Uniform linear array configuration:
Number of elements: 64
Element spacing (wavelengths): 0.25
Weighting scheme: uniform
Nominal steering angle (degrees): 60
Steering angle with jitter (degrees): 61.217
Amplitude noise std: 0.05
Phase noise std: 0.05

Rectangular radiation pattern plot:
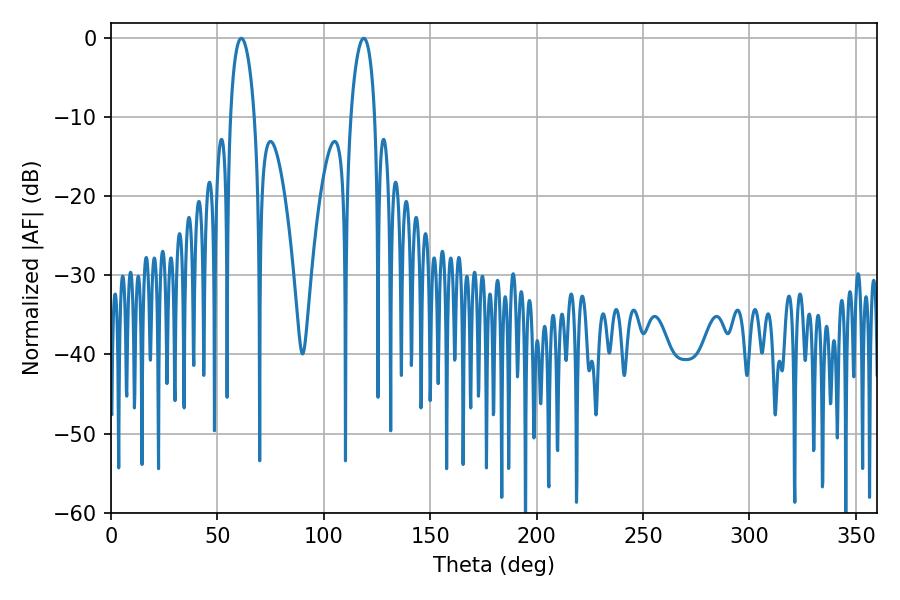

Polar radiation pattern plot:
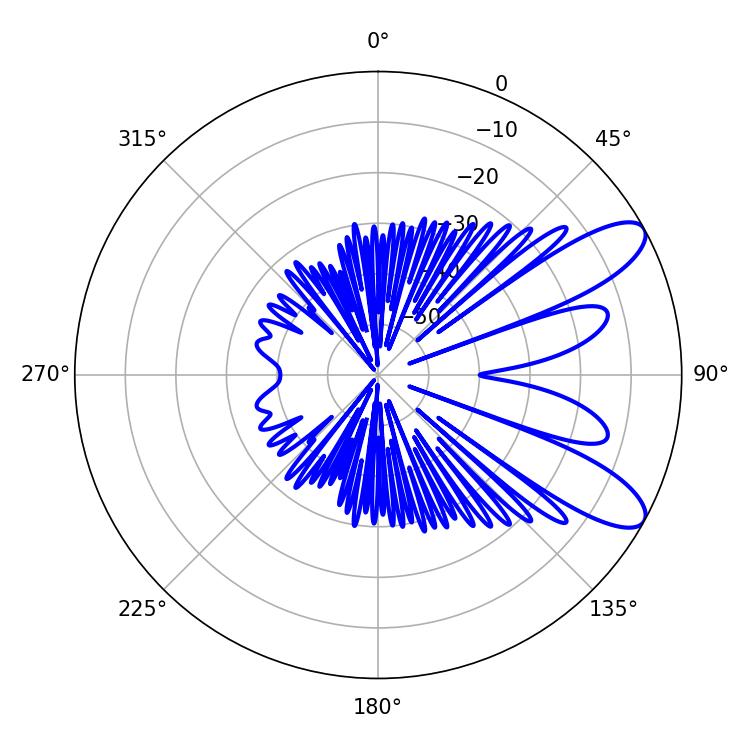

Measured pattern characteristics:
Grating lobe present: FALSE
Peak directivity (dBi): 9.479
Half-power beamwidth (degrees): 6.48
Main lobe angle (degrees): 61.2